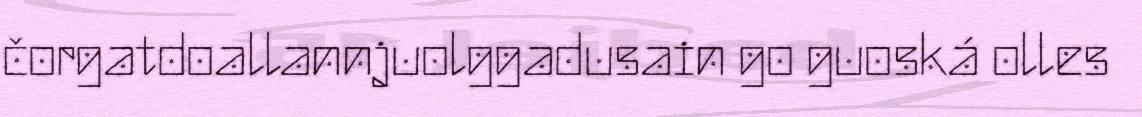
čorgatdoallannjuolggadusain go guoská olles